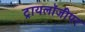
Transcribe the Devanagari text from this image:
ट्रायलॉजीपर